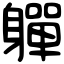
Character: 軃